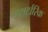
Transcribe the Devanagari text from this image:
एसर्टारिक